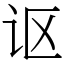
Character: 讴